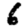
Digit: 6